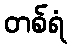
တစ်ရံ